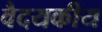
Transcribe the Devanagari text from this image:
वैदयकीय